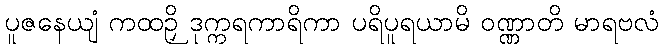
ပူဇနေယျံ ကထဉှိ ဒုက္ကရကာရိကာ ပရိပူရယာမိ ဝဏ္ဏာတိ မာရဗလံ